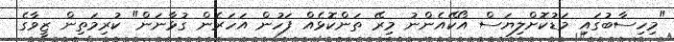
"މިހިސާބުގައި މަޑުކޮށްލިޔަސް އޯކޭއެންނު މިރޭ ތަންކޮޅެއް ފަހުން އަހަރެން ގުޅާނަން" ކުރިމަތިން ޒީވާގެ